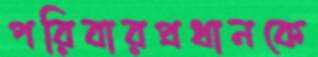
পরিবারপ্রধানকে